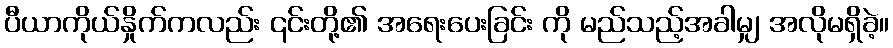
ပီယာကိုယ်နှိုက်ကလည်း ၎င်းတို့၏ အရေးပေးခြင်း ကို မည်သည့်အခါမျှ အလိုမရှိခဲ့။